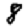
Digit: 8